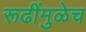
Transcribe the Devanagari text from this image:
रूढींमुळेच